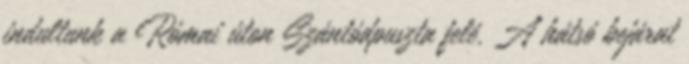
indultunk a Római úton Szántódpuszta felé. A hátsó bejárat